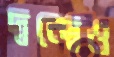
দ্বন্দ্বেও